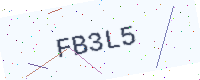
Text: FB3L5